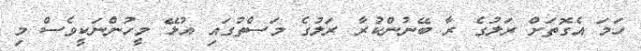
ހަމަ އެގޮތަށް ރަލުގެ ރާ ބޭނުންކުރާ ރަލުގެ މަސްތުގައި އުޅޭ މީހުންނަކީވެސް މި